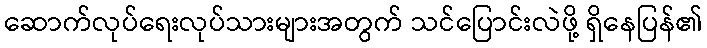
ဆောက်လုပ်ရေးလုပ်သားများအတွက် သင်ပြောင်းလဲဖို့ ရှိနေပြန်၏